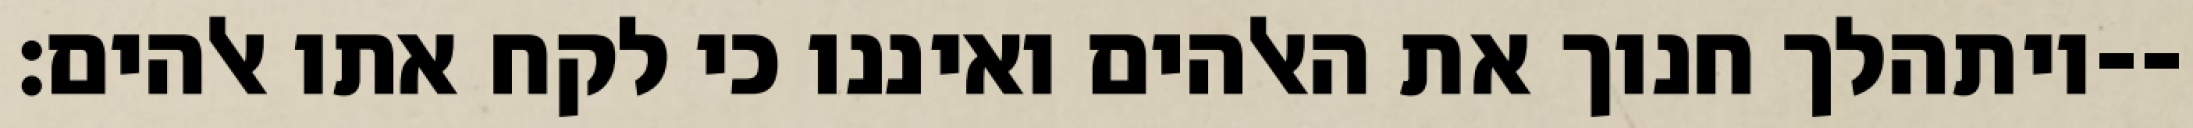
ויתהלך חנוך את האלהים ואיננו כי לקח אתו אלהים׃--